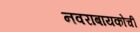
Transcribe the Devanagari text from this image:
नवराबायकोचीं